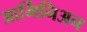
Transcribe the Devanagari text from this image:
आर्मिनिअन